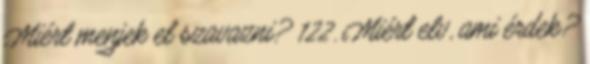
Miért menjek el szavazni? 122. Miért elv, ami érdek?